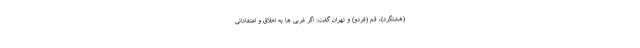
(هشتگرد)، قم (فردو) و تهران گفت: اگر غربی ها به اخلاق و اعتقاداتی